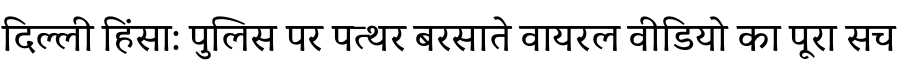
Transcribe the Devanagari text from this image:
दिल्ली हिंसा: पुलिस पर पत्थर बरसाते वायरल वीडियो का पूरा सच